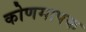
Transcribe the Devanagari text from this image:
कोणमापक